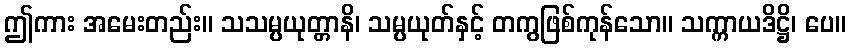
ဤကား အမေးတည်း။ သသမ္ပယုတ္တာနိ၊ သမ္ပယုတ်နှင့် တကွဖြစ်ကုန်သော။ သက္ကာယဒိဋ္ဌိ၊ ပေ။